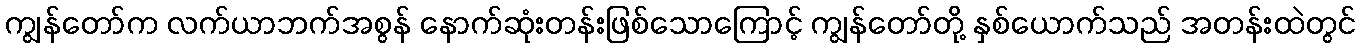
ကျွန်တော်က လက်ယာဘက်အစွန် နောက်ဆုံးတန်းဖြစ်သောကြောင့် ကျွန်တော်တို့ နှစ်ယောက်သည် အတန်းထဲတွင်